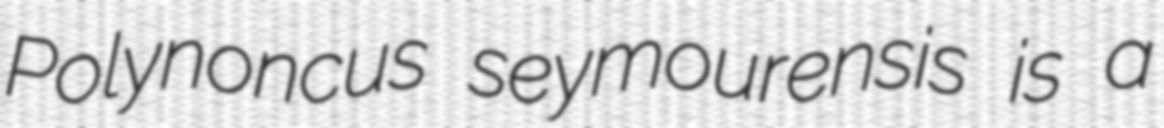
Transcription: Polynoncus seymourensis is a